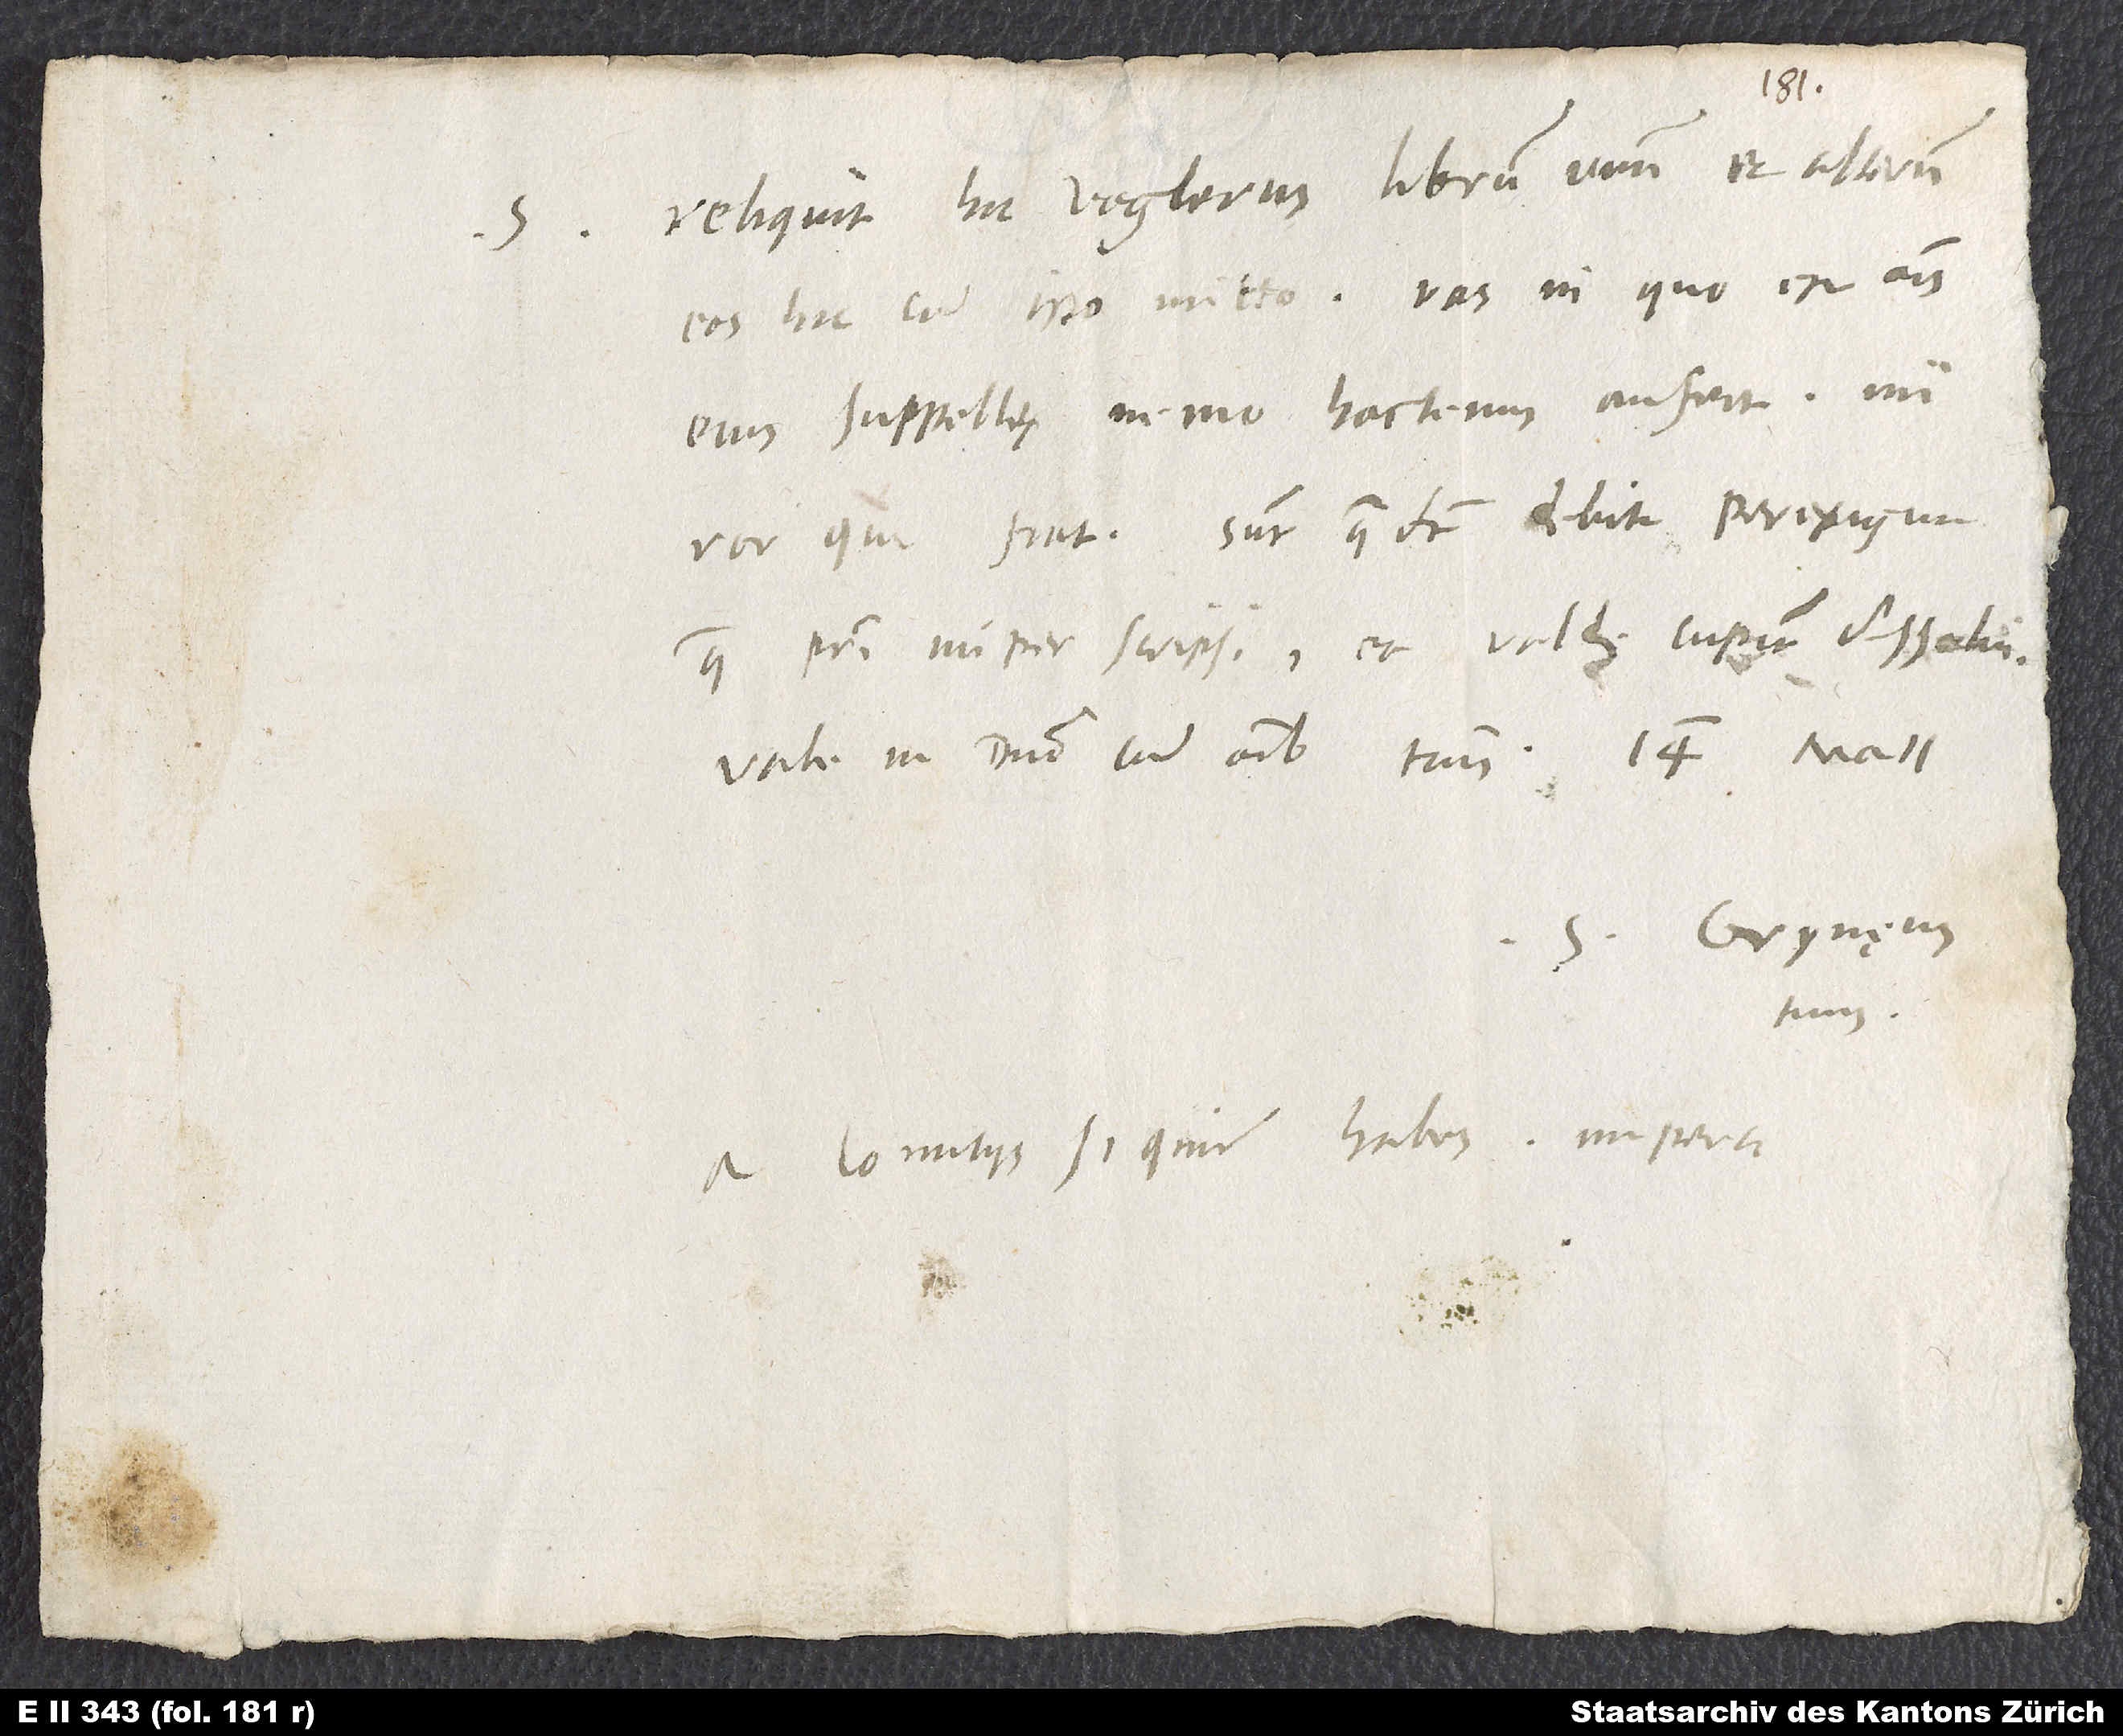
Reliquit hic Voglerus librum unum et alterum;
eos hic cum isto mitto. Vas, in quo est omnis
eius suppellex, nemo hactenus aufert; miror,
quae patri nuper scripsi, et valde cupiam dissolvi.
Vale in domino cum omnibus tuis. 14. maii.
S. Grynęus
A comitiis si quid habes, imperti.